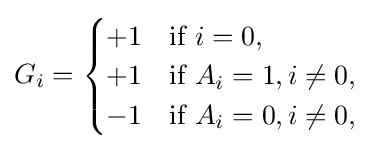
G_{i}={\begin{cases}+1&{\mbox{if }}i=0,\\+1&{\mbox{if }}A_{i}=1,i\neq 0,\\-1&{\mbox{if }}A_{i}=0,i\neq 0,\end{cases}}